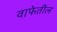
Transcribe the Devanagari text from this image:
वाफेतील